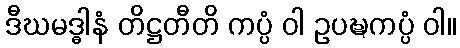
ဒီဃမဒ္ဓါနံ တိဋ္ဌတီတိ ကပ္ပံ ဝါ ဥပဍ္ဎကပ္ပံ ဝါ။